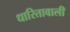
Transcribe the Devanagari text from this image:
धारितावाली